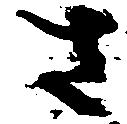
さ